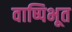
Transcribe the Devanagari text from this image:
वाष्पिभूत